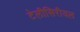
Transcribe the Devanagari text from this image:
टेलीसिरीयल